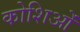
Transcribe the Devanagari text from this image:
कोशिओं